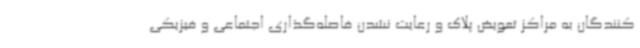
کنندگان به مراکز تعویض پلاک و رعایت نشدن فاصله‌گذاری اجتماعی و فیزیکی